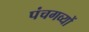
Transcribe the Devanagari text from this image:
पंचगव्यों